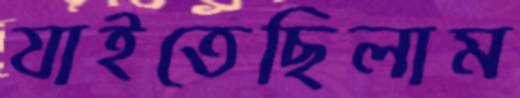
যাইতেছিলাম